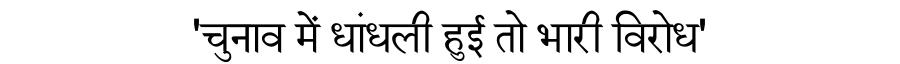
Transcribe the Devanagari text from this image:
'चुनाव में धांधली हुई तो भारी विरोध'